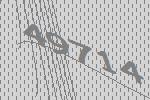
49714